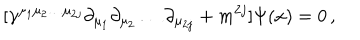
LaTeX: [ \gamma ^ { \mu _ { 1 } \mu _ { 2 } \ldots \mu _ { 2 j } } \partial _ { \mu _ { 1 } } \partial _ { \mu _ { 2 } } \ldots \partial _ { \mu _ { 2 j } } + m ^ { 2 j } ] \Psi ( x ) = 0 \, ,